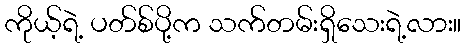
ကိုယ့်ရဲ့ ပတ်စ်ပို့က သက်တမ်းရှိသေးရဲ့လား။